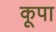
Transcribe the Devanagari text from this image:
कूपा